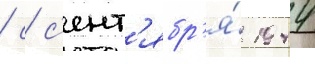
/ с с'ент'ябр'я́ 1944